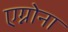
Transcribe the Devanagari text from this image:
एग्नोना